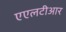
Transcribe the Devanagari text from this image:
एएलटीआर